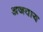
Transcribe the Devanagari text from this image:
अजवाय